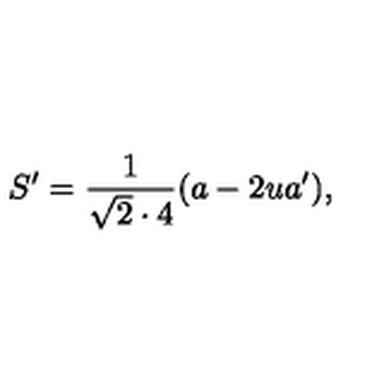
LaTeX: S ^ { \prime } = { \frac { 1 } { \sqrt 2 \cdot 4 } } ( a - 2 u a ^ { \prime } ) ,